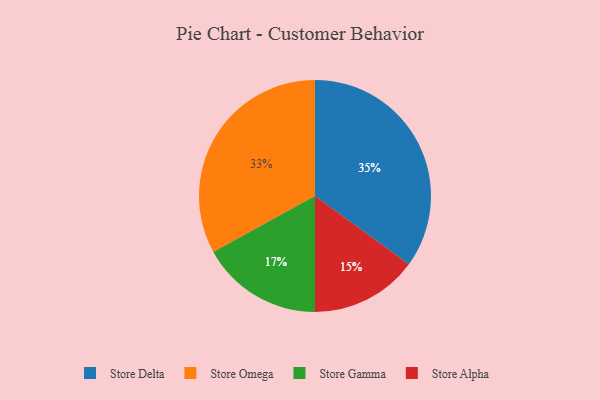
{"axis": {"x": "Category", "y": "Percentage"}, "legend": ["Store Alpha", "Store Delta", "Store Gamma", "Store Omega"], "data": [{"x": "Store Delta", "y": 35, "type": "Store Delta"}, {"x": "Store Alpha", "y": 15, "type": "Store Alpha"}, {"x": "Store Omega", "y": 33, "type": "Store Omega"}, {"x": "Store Gamma", "y": 17, "type": "Store Gamma"}]}